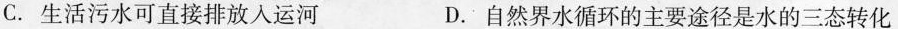
C.生活污水可直接排放入运河 D.自然界水循环的主要途径是水的三态转化